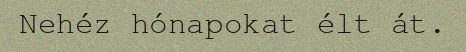
Nehéz hónapokat élt át.